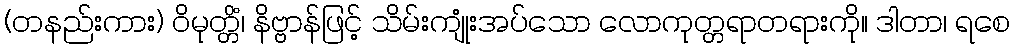
(တနည်းကား) ဝိမုတ္တိံ၊ နိဗ္ဗာန်ဖြင့် သိမ်းကျုံးအပ်သော လောကုတ္တရာတရားကို။ ဒါတာ၊ ရစေ